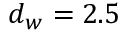
d _ { w } = 2 . 5